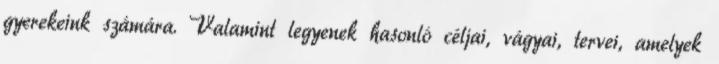
gyerekeink számára. Valamint legyenek hasonló céljai, vágyai, tervei, amelyek